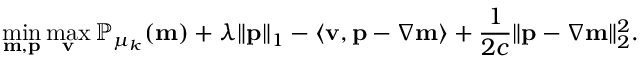
\operatorname* { m i n } _ { \mathbf { m } , \mathbf { p } } \operatorname* { m a x } _ { \mathbf { v } } \mathbb { P } _ { \mu _ { k } } ( \mathbf { m } ) + \lambda \| \mathbf { p } \| _ { 1 } - \left\langle \mathbf { v } , \mathbf { p } - \nabla \mathbf { m } \right\rangle + \frac { 1 } { 2 c } \| \mathbf { p } - \nabla \mathbf { m } \| _ { 2 } ^ { 2 } .